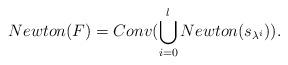
LaTeX: \begin{align*} Newton(F) = Conv(\bigcup\limits_{i=0}^l Newton(s_{\lambda^i})).\end{align*}